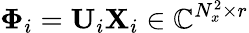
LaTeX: \mathbf{\Phi}_{i}=\mathbf{U}_{i}\mathbf{X}_{i}\in\mathbb{C}^{N_{x}^{2}\times r}